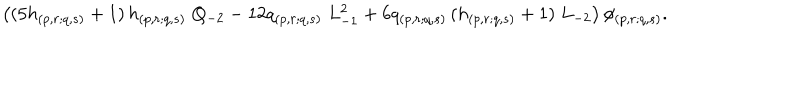
LaTeX: \left( ( 5 h _ { ( p , r ; q , s ) } + 1 ) \, h _ { ( p , r ; q , s ) } \; Q _ { - 2 } - 1 2 q _ { ( p , r ; q , s ) } \; L _ { - 1 } ^ { 2 } + 6 q _ { ( p , r ; q , s ) } \, ( h _ { ( p , r ; q , s ) } + 1 ) \; L _ { - 2 } \right) \phi _ { ( p , r ; q , s ) } .